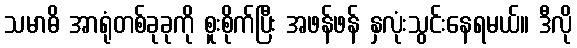
သမာဓိ အာရုံတစ်ခုခုကို စူးစိုက်ပြီး အဖန်ဖန် နှလုံးသွင်းနေရမယ်။ ဒီလို